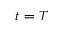
t = T